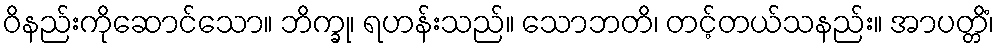
ဝိနည်းကိုဆောင်သော။ ဘိက္ခု၊ ရဟန်းသည်။ သောဘတိ၊ တင့်တယ်သနည်း။ အာပတ္တိံ၊